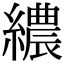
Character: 繷